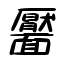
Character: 靨